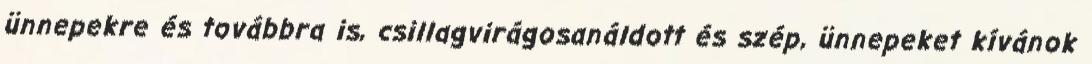
ünnepekre és továbbra is, csillagvirágosanáldott és szép, ünnepeket kívánok